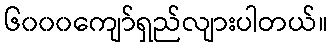
၆၀၀၀ကျော်ရှည်လျားပါတယ်။